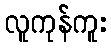
လူကုန်ကူး